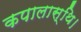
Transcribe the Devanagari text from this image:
कपालास्थि।